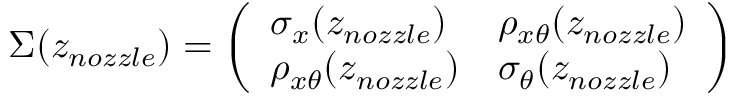
\Sigma ( z _ { n o z z l e } ) = \left( \begin{array} { l l } { \sigma _ { x } ( z _ { n o z z l e } ) } & { \rho _ { x \theta } ( z _ { n o z z l e } ) } \\ { \rho _ { x \theta } ( z _ { n o z z l e } ) } & { \sigma _ { \theta } ( z _ { n o z z l e } ) } \end{array} \right)